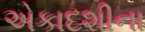
એકાદશીના